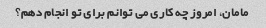
مامان، امروز چه کاری می توانم برای تو انجام دهم؟